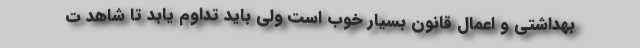
بهداشتی و اعمال قانون بسیار خوب است ولی باید تداوم یابد تا شاهد ت